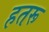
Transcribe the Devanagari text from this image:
हतरू